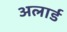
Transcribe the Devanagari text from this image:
अलार्ड